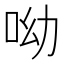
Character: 呦